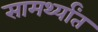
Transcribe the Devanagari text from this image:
सामर्थ्यांत